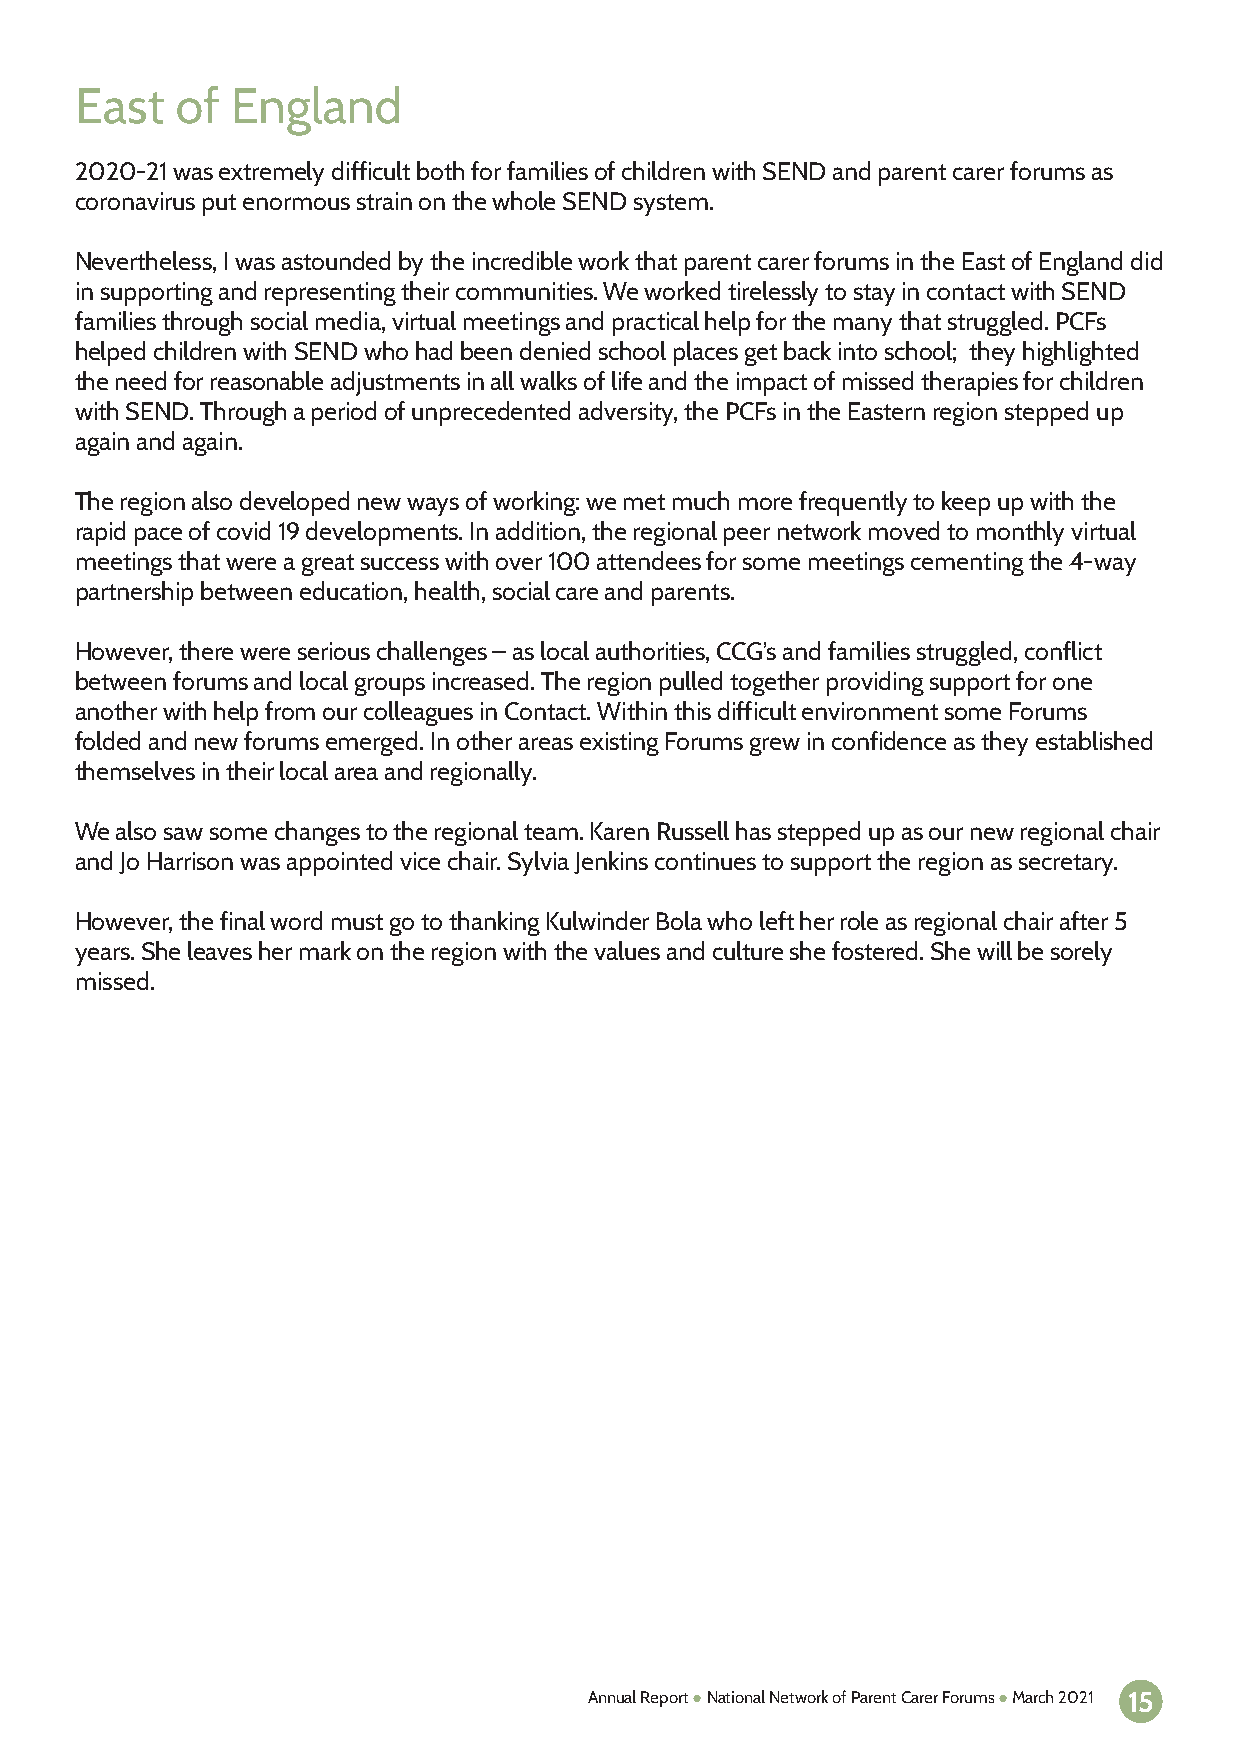
East   of England
 2020-21 was extremely difficult both for families of children with SEND and parent carer forums as
 coronavirus put enormous strain on the whole SEND system.
 Nevertheless, I was astounded by the incredible work that parent carer forums in the East of England did
 in supporting and representing their communities. We worked tirelessly to stay in contact with SEND
 families through social media, virtual meetings and practical help for the many that struggled. PCFs
 helped children with SEND who had been denied school places get back into school; they highlighted
 the need for reasonable adjustments in all walks of life and the impact of missed therapies for children
 with SEND. Through a period of unprecedented adversity, the PCFs in the Eastern region stepped up
 again and again.
 The region also developed new ways of working: we met much more frequently to keep up with the
 rapid pace of covid 19 developments. In addition, the regional peer network moved to monthly virtual
 meetings that were a great success with over 100 attendees for some meetings cementing the 4-way
 partnership between education, health, social care and parents.
 However, there were serious challenges – as local authorities, CCG’s and families struggled, conflict
 between forums and local groups increased. The region pulled together providing support for one
 another with help from our colleagues in Contact. Within this difficult environment some Forums
 folded and new forums emerged. In other areas existing Forums grew in confidence as they established
 themselves in their local area and regionally.
 We also saw some changes to the regional team. Karen Russell has stepped up as our new regional chair
 and Jo Harrison was appointed vice chair. Sylvia Jenkins continues to support the region as secretary.
 However, the final word must go to thanking Kulwinder Bola who left her role as regional chair after 5
 years. She leaves her mark on the region with the values and culture she fostered. She will be sorely
 missed.
 Annual Report ● National Network of Parent Carer Forums ● March 2021 15